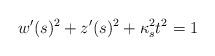
LaTeX: \begin{align*}w'(s)^{2}+z'(s)^{2}+\kappa_{s}^{2}t^{2} &= 1\end{align*}